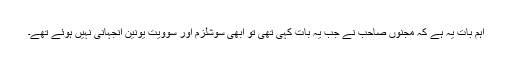
اہم بات یہ ہے کہ مجنوں صاحب نے جب یہ بات کہی تھی تو ابھی سوشلزم اور سوویت یونین آنجہانی نہیں ہوئے تھے۔